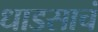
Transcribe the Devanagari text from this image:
धाडसाचं